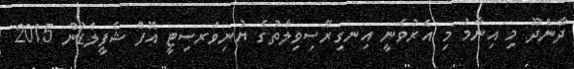
ދާންދޫ މި އިނާމު މި އެރުވެނީ އިނގިރޭސިވިލާތުގެ ޔުނިވަރސިޓީ އޮފް ޝެފީލްޑުން 2015